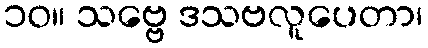
၁၀။ သဗ္ဗေ ဒသဗလူပေတာ၊